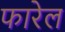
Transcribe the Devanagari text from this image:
फारेल